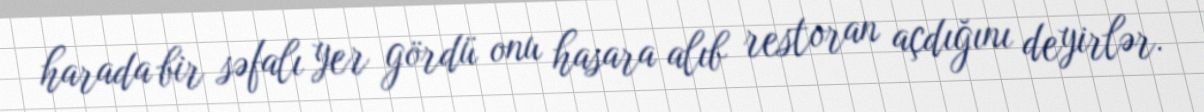
harada bir səfalı yer gördü onu hasara alıb restoran açdığını deyirlər.